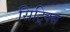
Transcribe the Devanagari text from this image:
सिट्रिक्स